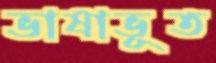
ভাষাভূত